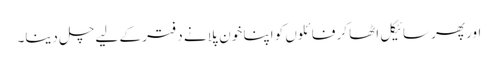
اور پھر سائیکل اٹھا کر فائلوں کو اپنا خون پلانے دفتر کے لیے چل دینا۔